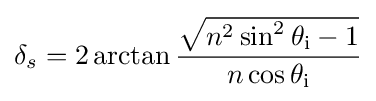
\delta _{s}=2\arctan {\frac {\sqrt {n^{2}\sin ^{2}\theta _{\text{i}}-1}}{n\cos \theta _{\text{i}}}}